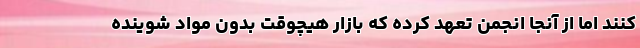
کنند اما از آنجا انجمن تعهد کرده که بازار هیچوقت بدون مواد شوینده